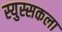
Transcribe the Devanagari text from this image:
स्युस्सकला